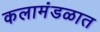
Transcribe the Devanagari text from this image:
कलामंडळात